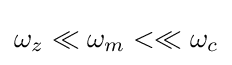
\omega _{z}\ll \omega _{m}<\ll \omega _{c}